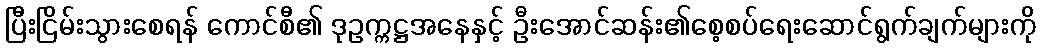
ပြီးငြိမ်းသွားစေရန် ကောင်စီ၏ ဒုဥက္ကဋ္ဌအနေနှင့် ဦးအောင်ဆန်း၏စေ့စပ်ရေးဆောင်ရွက်ချက်များကို